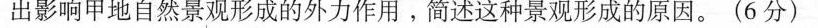
出影响甲地自然景观形成的外力作用。简述这种景观形成的原因。(6分)